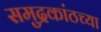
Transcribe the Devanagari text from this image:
समुद्रकांठच्या